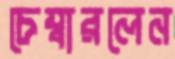
চেম্বারলেন